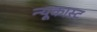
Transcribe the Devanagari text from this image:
न्यूकास्ट